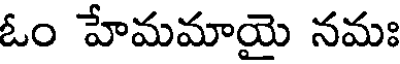
ఓం హేమమాయై నమః